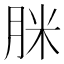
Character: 脒